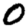
Digit: 0